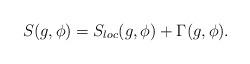
LaTeX: \begin{align*}S(g, \phi) = S_{loc}(g, \phi) + \Gamma (g, \phi).\end{align*}